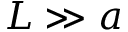
L \gg a